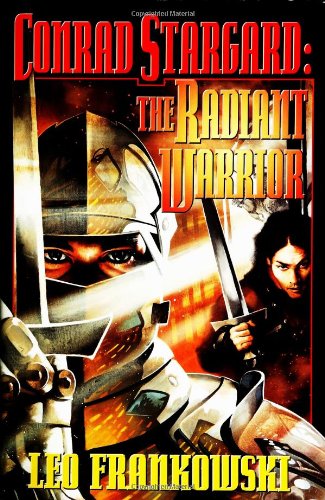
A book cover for Conrad Stargard: The Radiant Warrior; Leo Frankowski; Travel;